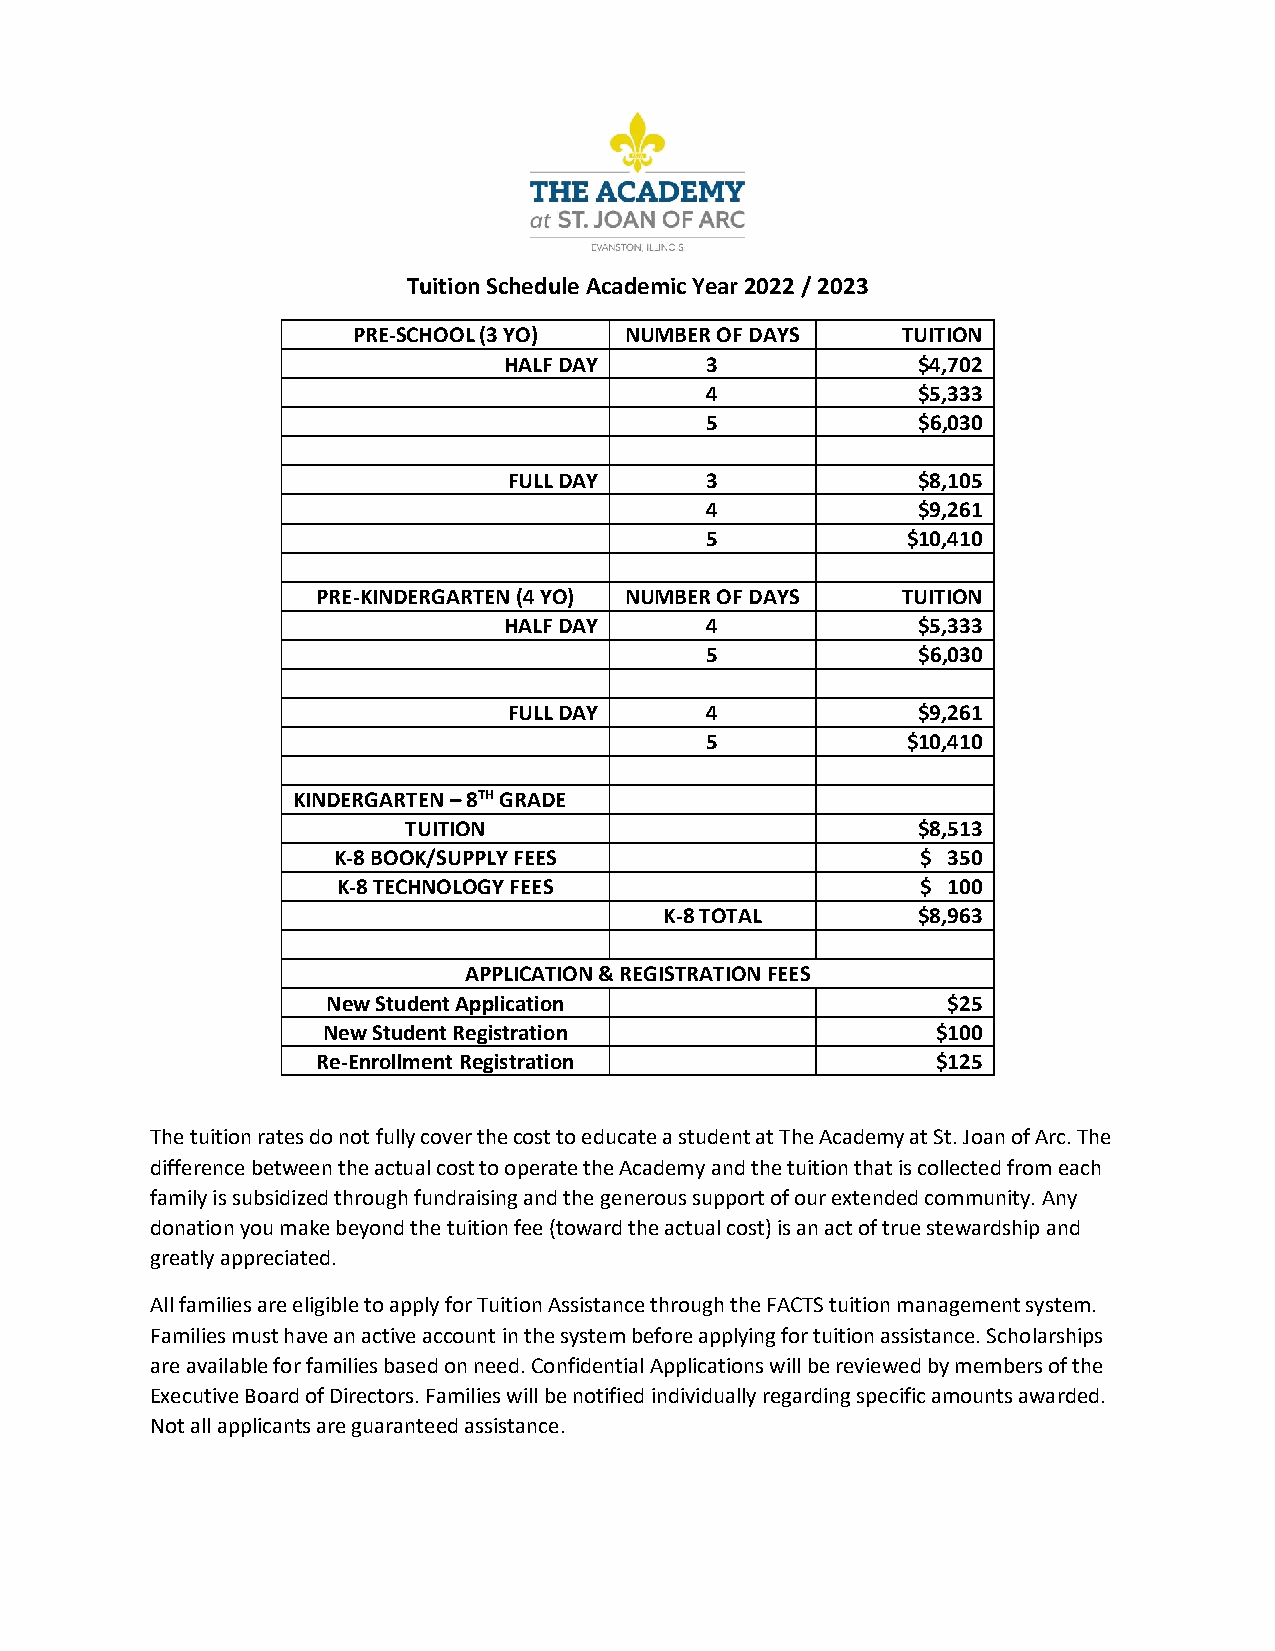
Tuition Schedule Academic Year 2022 / 2023
 PRE-SCHOOL (3 YO) NUMBER OF DAYS     TUITION
 HALF DAY      3             $4,702
 4             $5,333
 5             $6,030
 FULL DAY     3             $8,105
 4             $9,261
 5            $10,410
 PRE-KINDERGARTEN (4 YO) NUMBER OF DAYS TUITION
 HALF DAY      4             $5,333
 5             $6,030
 FULL DAY     4             $9,261
 5            $10,410
 KINDERGARTEN – 8TH GRADE
 TUITION                           $8,513
 K-8 BOOK/SUPPLY FEES                   $ 350
 K-8 TECHNOLOGY FEES                    $ 100
 K-8 TOTAL        $8,963
 APPLICATION & REGISTRATION FEES
 New Student Application                  $25
 New Student Registration                 $100
 Re-Enrollment Registration               $125
 The tuition rates do not fully cover the cost to educate a student at The Academy at St. Joan of Arc. The
 difference between the actual cost to operate the Academy and the tuition that is collected from each
 family is subsidized through fundraising and the generous support of our extended community. Any
 donation you make beyond the tuition fee (toward the actual cost) is an act of true stewardship and
 greatly appreciated.
 All families are eligible to apply for Tuition Assistance through the FACTS tuition management system.
 Families must have an active account in the system before applying for tuition assistance. Scholarships
 are available for families based on need. Confidential Applications will be reviewed by members of the
 Executive Board of Directors. Families will be notified individually regarding specific amounts awarded.
 Not all applicants are guaranteed assistance.